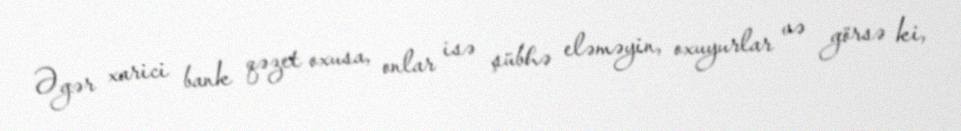
Əgər xarici bank qəzet oxusa, onlar isə şübhə eləməyin, oxuyurlar və görsə ki,